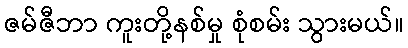
ဇမ်ဇီဘာ ကူးတို့နစ်မှု စုံစမ်း သွားမယ်။